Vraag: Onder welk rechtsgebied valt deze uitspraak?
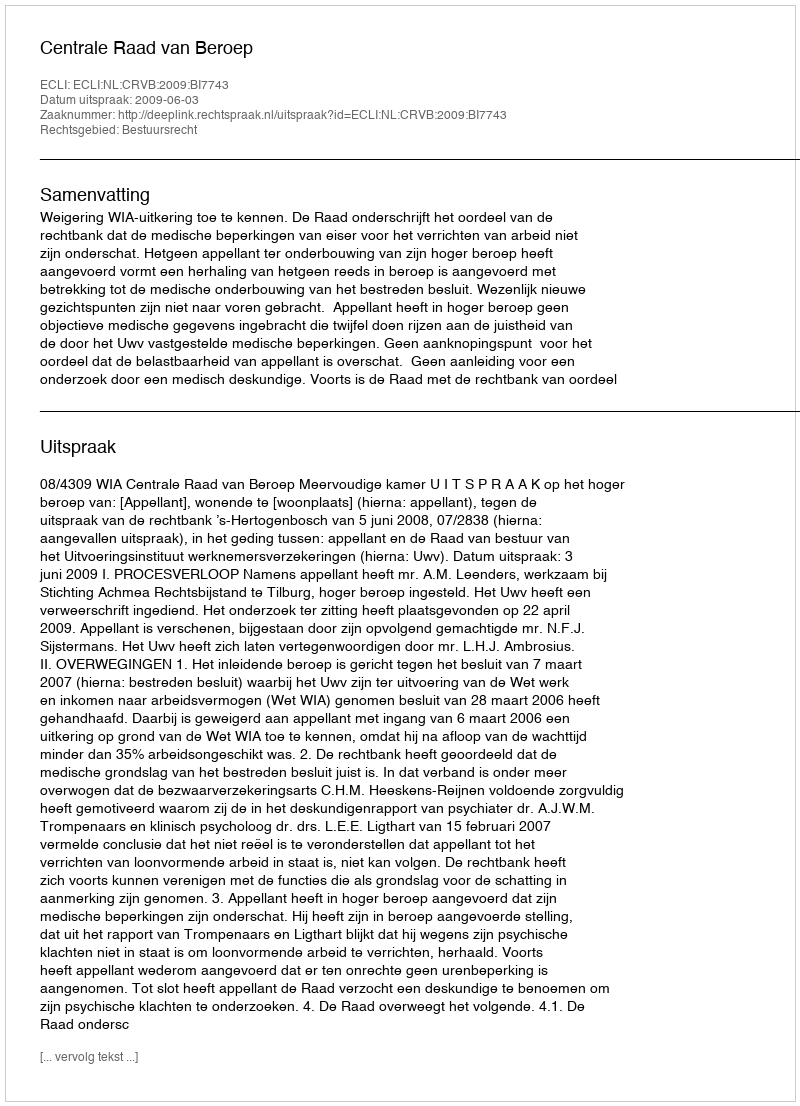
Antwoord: Bestuursrecht